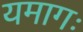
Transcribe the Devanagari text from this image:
यमागः